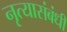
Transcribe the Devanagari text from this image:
नृत्यासंबंधी